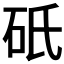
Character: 𬒀